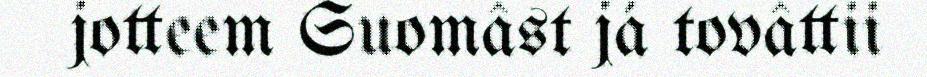
jotteem Suomâst já tovâttii